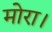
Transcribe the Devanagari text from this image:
मोरा।